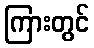
ကြားတွင်